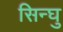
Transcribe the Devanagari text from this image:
सिन्घु